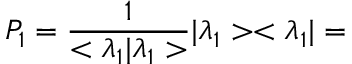
P _ { 1 } = \frac { 1 } { < { \lambda } _ { 1 } | { \lambda } _ { 1 } > } | { \lambda } _ { 1 } > < { \lambda } _ { 1 } | =